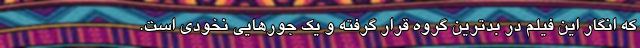
که انگار این فیلم در بدترین گروه قرار گرفته و یک جورهایی نخودی است.